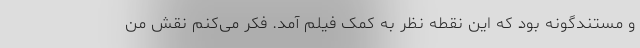
و مستندگونه بود که این نقطه نظر به کمک فیلم آمد. فکر می‌کنم نقش من